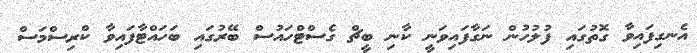
އެނގިފައިވާ ގޮތުގައި ފުލުހުން ނަގާފައިވަނީ ކާނި ބީޗް ގެސްޓްހައުސް ބޭރުގައި ބަހައްޓާފައިވާ ކްރިސްމަސް